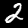
Label: 2